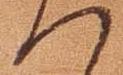
へ